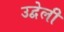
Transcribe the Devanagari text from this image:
उद्वेली